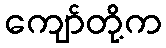
ကျော်တို့က